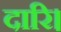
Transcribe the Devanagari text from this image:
दारि।